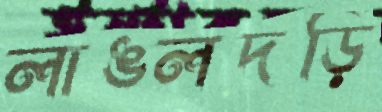
লাঙলদড়ি